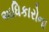
અધિકારોના